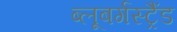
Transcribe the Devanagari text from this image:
ब्‍लूबर्गस्‍ट्रैंड